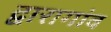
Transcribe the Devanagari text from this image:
द्वारागांव